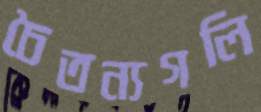
চৈতন্যগলি